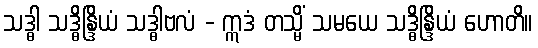
သဒ္ဓါ သဒ္ဓိန္ဒြိယံ သဒ္ဓါဗလံ - ဣဒံ တသ္မိံ သမယေ သဒ္ဓိန္ဒြိယံ ဟောတိ။